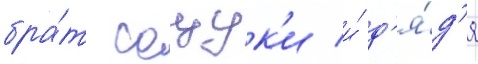
бра́т сацук'и и́ д'я́д'я